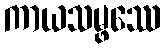
ကာယသမ္ဖဿေ